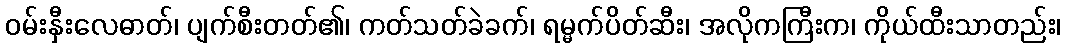
ဝမ်းနှီးလေဓာတ်၊ ပျက်စီးတတ်၏၊ ကတ်သတ်ခဲခက်၊ ရမ္မက်ပိတ်ဆီး၊ အလိုကကြီးက၊ ကိုယ်ထီးသာတည်း၊